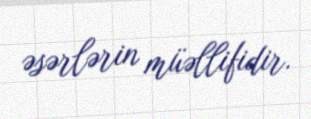
əsərlərin müəllifidir.